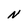
Character: N